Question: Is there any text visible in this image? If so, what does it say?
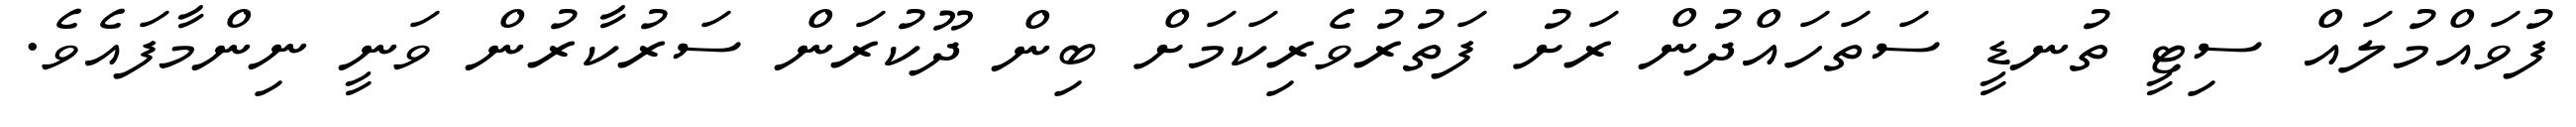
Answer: ފުވައްމުލައް ސިޓީ ތުނޑީ ސަތަހައްދުން ރަށު ފަތުރުވެރިކަމަށް ބިން ދޫކުރަން ސަރުކާރުން ވަނީ ނިންމާފައެވެ.